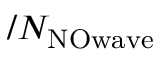
/ N _ { \mathrm { N O w a v e } }